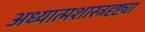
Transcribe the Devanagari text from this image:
अध्यात्मशास्त्रदृष्ट्या